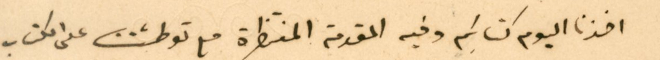
اخذنا اليوم كتابكم وفيه المقدمة المنتظرة مع توطئتنا على الكتاب